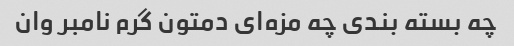
چه بسته بندی چه مزه‌ای دمتون گرم نامبر وان